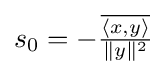
s_{0}=-{\tfrac {\overline {\langle x,y\rangle }}{\|y\|^{2}}}